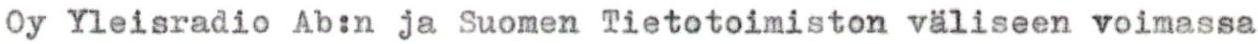
Oy Yleisradio Ab:n ja Suomen Tietotoimiston väliseen voimassa